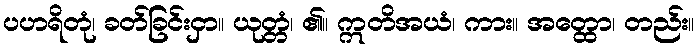
ပဟရိတုံ၊ ခတ်ခြင်းငှာ။ ယုတ္တံ၊ ၏။ ဣတိအယံ၊ ကား။ အတ္ထော၊ တည်း။